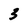
Character: 3